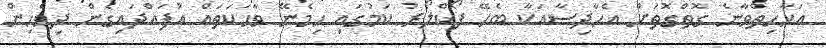
އަހާހިތްވާނެ ގޮތްގޮތަށް އެޙާދިސާއަކާ ބެހޭ ފޯކްލޯރު ކަމުގައި ހިމެނޭ ވާހަކަތައް އުފައްދައިގެން ދިވެހިން